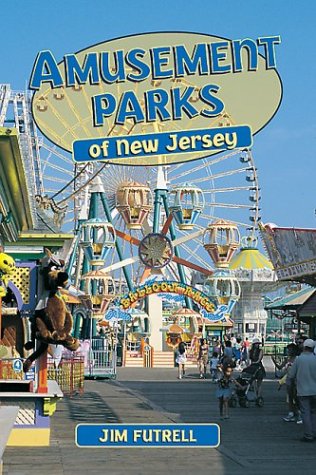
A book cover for Amusement Parks: New Jersey; Jim Futrell; Travel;